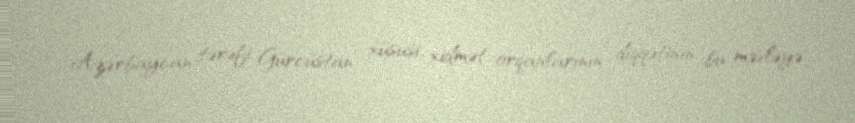
Azərbaycan tərəfi Gürcüstan xüsusi xidmət orqanlarının diqqətinin bu məsləyə